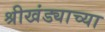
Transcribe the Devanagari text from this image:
श्रीखंड्याच्या